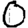
Digit: 0